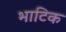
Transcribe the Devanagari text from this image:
भाटिक